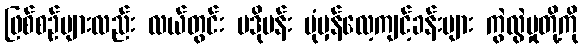
ဖြစ်စဉ်များလည်း လယ်တွင်း ပဒိုမန်း ပုံမှန်လေ့ကျင့်ခန်းများ ကွဲလွဲမှုတို့ကို